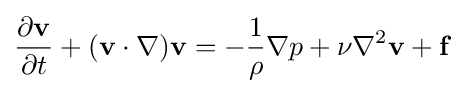
{\frac {\partial \mathbf {v} }{\partial t}}+(\mathbf {v} \cdot \nabla )\mathbf {v} =-{\frac {1}{\rho }}\nabla p+\nu \nabla ^{2}\mathbf {v} +\mathbf {f}